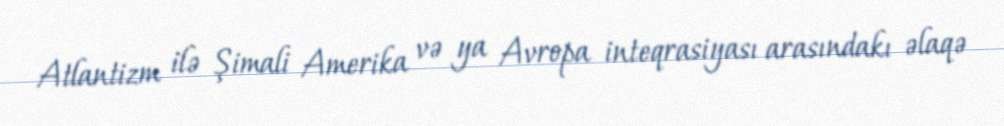
Atlantizm ilə Şimali Amerika və ya Avropa inteqrasiyası arasındakı əlaqə